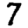
Digit: 7